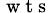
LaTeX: _{\mathrm{~w~t~s~}}